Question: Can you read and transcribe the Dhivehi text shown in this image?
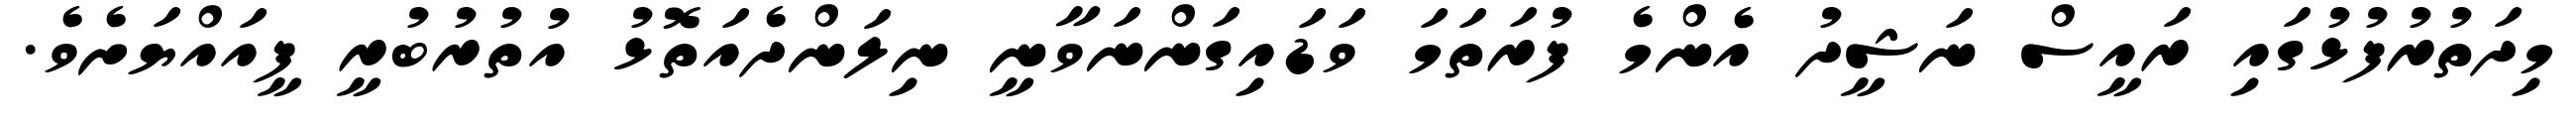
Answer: މިދަތުރުފުޅުގައި ރައީސް ނަޝީދު އެންމެ ފުރަތަމަ ވަޑައިގަންނަވާނީ ނިލަންދެއަތޮޅު އުތުރުބުރީ ފީއައްޔަށެވެ.